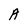
Character: A